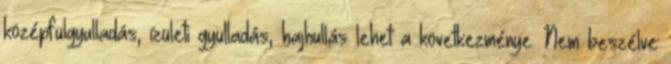
középfülgyulladás, ízületi gyulladás, hajhullás lehet a következménye. Nem beszélve